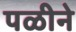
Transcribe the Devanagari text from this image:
पळीने